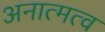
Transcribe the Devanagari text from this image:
अनात्मत्व